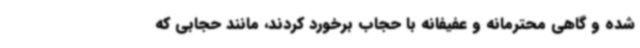
شده و گاهی محترمانه و عفیفانه با حجاب برخورد کردند، مانند حجابی که